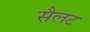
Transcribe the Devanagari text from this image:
सैलट